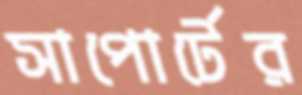
সাপোর্টের